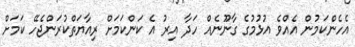
އެހެންކަމުން އެއްވެ އުޅުމުގެ ގާނޫނެއް ހަދާ އިރު އެ ކަންކަމަށް ރިއާޔަތްކުރަންޖެހޭ ކަމަށް